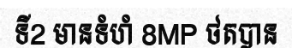
ទី2 មានទំហំ 8MP ថតបាន